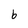
Character: b